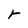
Character: r